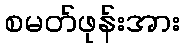
စမတ်ဖုန်းအား